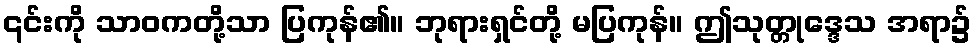
၎င်းကို သာဝကတို့သာ ပြကုန်၏။ ဘုရားရှင်တို့ မပြကုန်။ ဤသုတ္တုဒ္ဒေသ အရာ၌